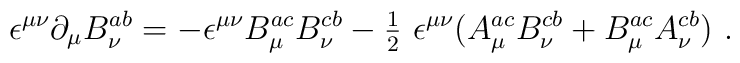
\epsilon^{\mu\nu}{\partial}_\mu B_\nu^{ab}=-\epsilon^{\mu\nu} B_\mu^{ac} B_\nu^{cb}-{\textstyle \frac12}~\epsilon^{\mu\nu}( A_\mu^{ac} B_\nu^{cb}+ B_\mu^{ac} A_\nu^{cb})~.